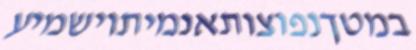
במטךנפוצותאנמיתוישמיע